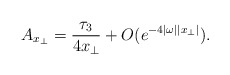
\begin{align*}A_{x_\perp}=\frac{\tau_3}{4x_\perp}+O(e^{-4|\omega||x_\perp|}).\end{align*}